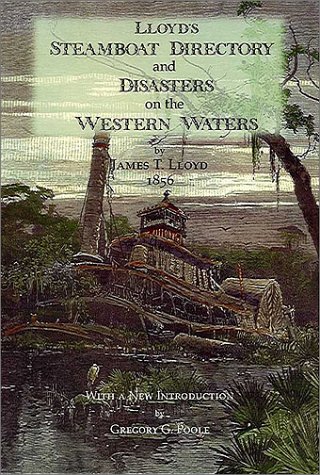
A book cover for Lloyd's Steamboat Directory and Disasters on the Western Waters; James T. Lloyd; Travel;